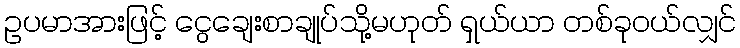
ဥပမာအားဖြင့် ငွေချေးစာချုပ်သို့မဟုတ် ရှယ်ယာ တစ်ခုဝယ်လျှင်